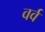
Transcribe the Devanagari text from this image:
वर्व